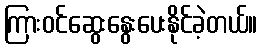
ကြားဝင်ဆွေးနွေးပေးနိုင်ခဲ့တယ်။